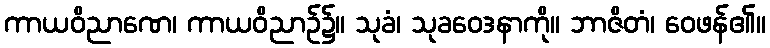
ကာယဝိညာဏေ၊ ကာယဝိညာဉ်၌။ သုခံ၊ သုခဝေဒနာကို။ ဘာဇိတံ၊ ဝေဖန်၏။